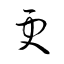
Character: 更